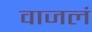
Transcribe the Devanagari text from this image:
वाजलं